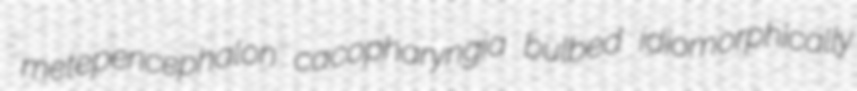
metepencephalon cacopharyngia bulbed idiomorphically